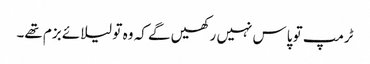
ٹرمپ تو پاس نہیں رکھیں گے کہ وہ تو لیلائے بزم تھے۔